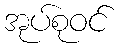
အုပ်စုဝင်